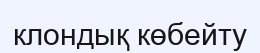
клондық көбейту